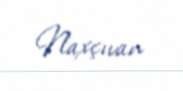
Naxçıvan